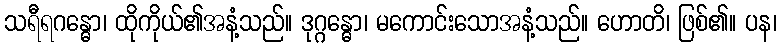
သရီရဂန္ဓော၊ ထိုကိုယ်၏အနံ့သည်။ ဒုဂ္ဂန္ဓော၊ မကောင်းသောအနံ့သည်။ ဟောတိ၊ ဖြစ်၏။ ပန၊